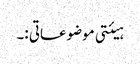
ہیئتی موضوعاتی :۔